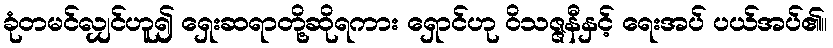
ခုံတမင်လျှင်ဟူ၍ ရှေးဆရာတို့ဆိုရကား ရှောင်ဟု ဝိသဇ္ဇနီနှင့် ရေးအပ် ပယ်အပ်၏။